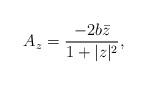
LaTeX: \begin{align*}A_z = \frac{-2b \bar{z}}{1 + |z|^2},\end{align*}